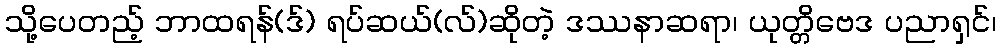
သို့ပေတည့် ဘာထရန်(ဒ်) ရပ်ဆယ်(လ်)ဆိုတဲ့ ဒဿနာဆရာ၊ ယုတ္တိဗေဒ ပညာရှင်၊